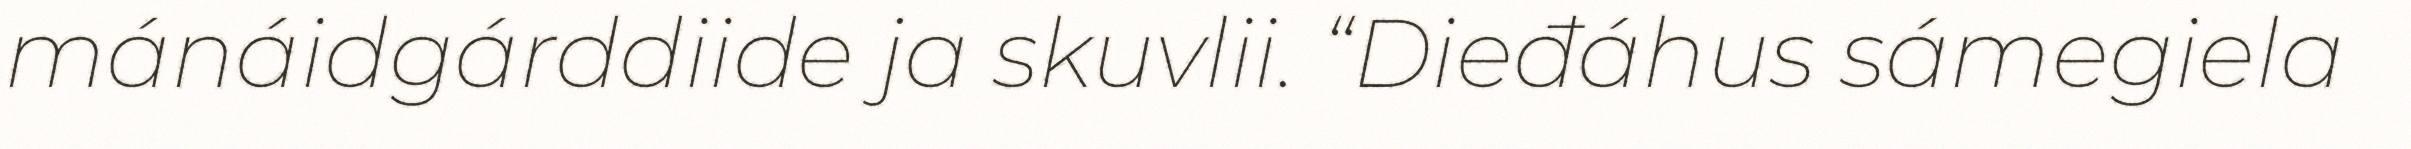
mánáidgárddiide ja skuvlii. “Dieđáhus sámegiela